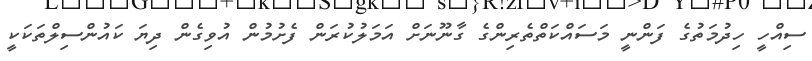
ސިއްހީ ހިދުމަތުގެ ފަންނީ މަސައްކަތްތެރިންގެ ގާނޫނަށް އަމަލުކުރަން ފެށުމުން އުވިގެން ދިޔަ ކައުންސިލްތަކަކީ